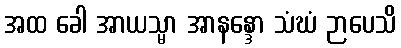
အထ ခေါ အာယသ္မာ အာနန္ဒော သံဃံ ဉာပေသိ